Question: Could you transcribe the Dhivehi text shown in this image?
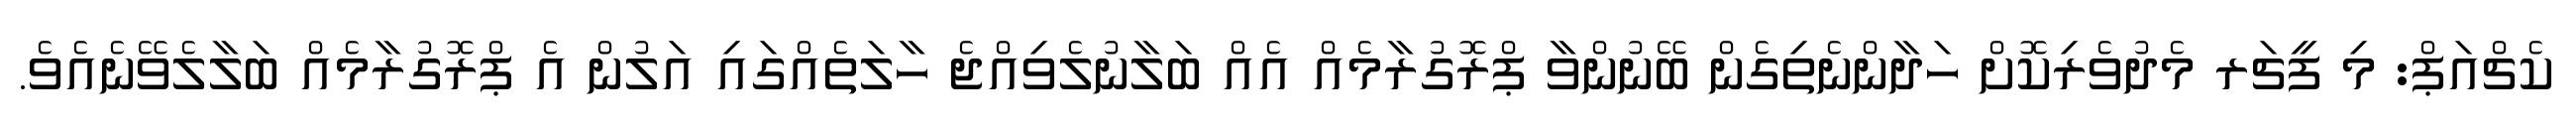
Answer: ކެޗްއަޕް: މި ފީޗަރ މެދުވެރިކޮށް ހަދާންނެތިގެން ބޭނުންވާ ޕްރޮގުރާމެއް އެއް ބަލާނުލެވިއްޖެ ހާލަތެއްގައި އަލުން އެ ޕްރޮގުރާމެއް ބަލާލެވޭނެއެވެ.